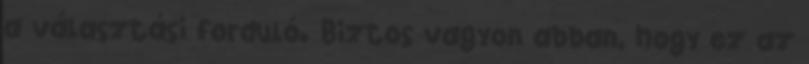
a választási forduló. Biztos vagyon abban, hogy ez az